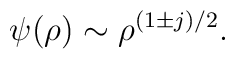
\psi(\rho) \sim \rho^{(1 \pm j) /2}.